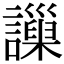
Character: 𧭄